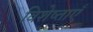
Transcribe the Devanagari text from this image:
विशेष्ताएँ